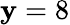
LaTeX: \mathbf{y}=8